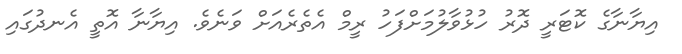
އިޔާނާގެ ކޮޓަރީ ދޮރު ހުޅުވާލުމަށްފަހު ރީމް އެތެރެއަށް ވަނެވެ. އިޔާނާ އޮތީ އެނދުގައި